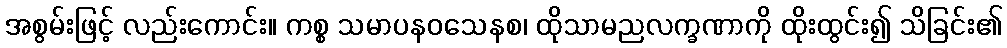
အစွမ်းဖြင့် လည်းကောင်း။ ကစ္စ သမာပနဝသေနစ၊ ထိုသာမညလက္ခဏာကို ထိုးထွင်း၍ သိခြင်း၏